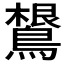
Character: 𱈴